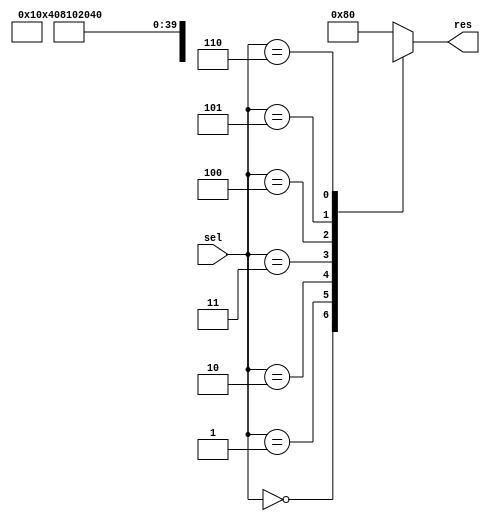
module mux (sel, res);
  input [2:0] sel;
  output [7:0] res;
  reg [7:0] res;

  always @(sel)
  begin
    case (sel)
      3'b000 : res = 8'b00000001;
      // unused decoder output
      3'b001 : res = 8'bxxxxxxxx;
      3'b010 : res = 8'b00000100;
      3'b011 : res = 8'b00001000;
      3'b100 : res = 8'b00010000;
      3'b101 : res = 8'b00100000;
      3'b110 : res = 8'b01000000;
      default : res = 8'b10000000;
    endcase
  end
endmodule